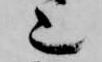
也